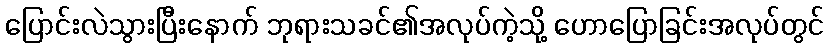
ပြောင်းလဲသွားပြီးနောက် ဘုရားသခင်၏အလုပ်ကဲ့သို့ ဟောပြောခြင်းအလုပ်တွင်